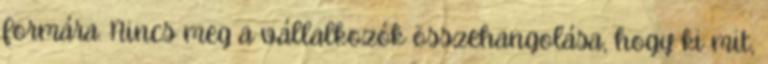
formára. Nincs meg a vállalkozók összehangolása, hogy ki mit,